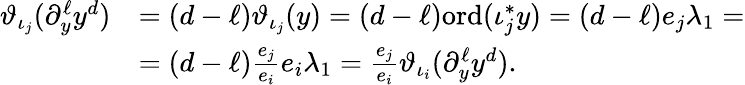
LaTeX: \begin{array}{rl}{\vartheta_{\iota_{j}}(\partial_{y}^{\ell}y^{d})}&{=(d-\ell)\vartheta_{\iota_{j}}(y)=(d-\ell)\textrm{ord}(\iota_{j}^{\ast}y)=(d-\ell)e_{j}\lambda_{1}=}\\ &{=(d-\ell)\frac{e_{j}}{e_{i}}e_{i}\lambda_{1}=\frac{e_{j}}{e_{i}}\vartheta_{\iota_{i}}(\partial_{y}^{\ell}y^{d}).}\end{array}